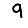
Digit: 9